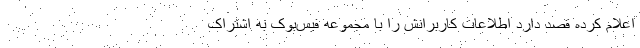
اعلام کرده قصد دارد اطلاعات کاربرانش را با مجموعه فیس‌بوک به اشتراک